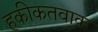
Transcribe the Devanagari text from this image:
हकीकतवाक